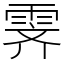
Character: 霁